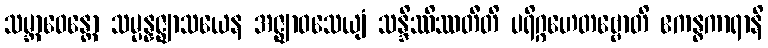
သမ္ဘာဝေန္တော သမ္ပန္နဇ္ဈာသယေန အဇ္ဈာဝသေယျံ သန္ဒိဿိဿတီတိ ပရိဂ္ဂဟေတဗ္ဗောတိ ဧကန္ဓကာရာနိ